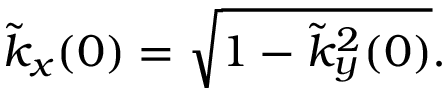
\tilde { k } _ { x } ( 0 ) = \sqrt { 1 - \tilde { k } _ { y } ^ { 2 } ( 0 ) } .